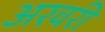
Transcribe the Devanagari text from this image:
अरवरी